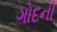
ગોદની